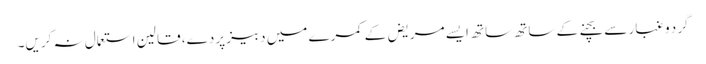
گرد و غبار سے بچنے کے ساتھ ساتھ ایسے مریض‌ کے کمرے میں دبیز پردے، قالین استعمال نہ کریں۔